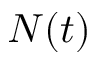
N ( t )